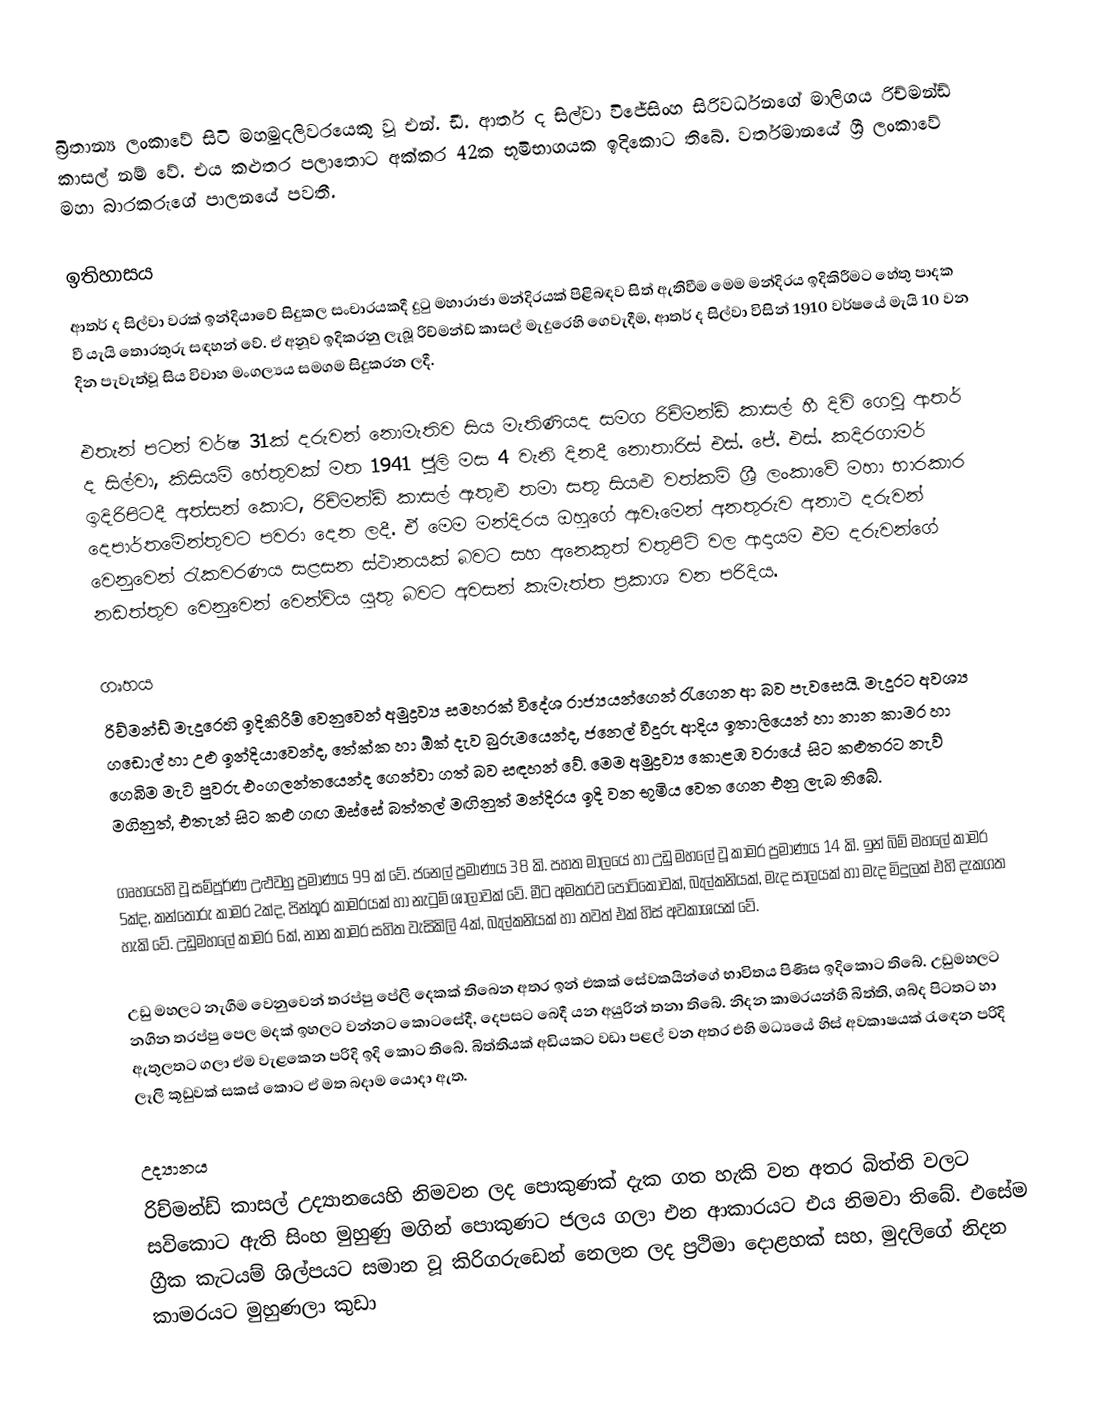
බ්‍රිතාන්‍ය ලංකාවේ සිටි මහමුදලිවරයෙකු වූ එන්. ඩී. ආතර් ද සිල්වා විජේසිංහ සිරිවර්ධනගේ මාලිගය රිච්මන්ඩ් කාසල් නම් වේ. එය කළුතර පලාතොට අක්කර 42ක භූමිභාගයක ඉදිකොට තිබේ. වර්තමානයේ ශ්‍රී ලංකාවේ මහා බාරකරුගේ පාලනයේ පවතී.

ඉතිහාසය
ආතර් ද සිල්වා වරක් ඉන්දියාවේ සිදුකල සංචාරයකදී දුටු මහාරාජා මන්දිරයක් පිළිබඳව සිත් ඇතිවීම මෙම මන්දිරය ඉදිකිරීමට හේතු පාදක වී යැයි තොරතුරු සඳහන් වේ. ඒ අනූව ඉදිකරනු ලැබූ රිච්මන්ඩ් කාසල් මැදුරෙහි ගෙවැදීම, ආතර් ද සිල්වා විසින් 1910 වර්ෂයේ මැයි 10 වන දින පැවැත්වූ සිය විවාහ මංගල්‍යය සමගම සිදුකරන ලදී.

එතැන් පටන් වර්ෂ 31ක් දරුවන් නොමැතිව සිය මැතිණියද සමග රිච්මන්ඩ් කාසල් හී දිවි ගෙවූ ආතර් ද සිල්වා, කිසියම් හේතුවක් මත 1941 ජූලි මස 4 වැනි දිනදී නොතාරිස් එස්. ජේ. එස්. කදිරගාමර් ඉදිරිපිටදී අත්සන් කොට, රිච්මන්ඩ් කාසල් ඇතුළු තමා සතු සියළු වත්කම් ශ්‍රී ලංකාවේ මහා භාරකාර දෙපාර්තමේන්තුවට පවරා දෙන ලදී. ඒ මෙම මන්දිරය ඔහුගේ ඇවෑමෙන් අනතුරුව අනාථ දරුවන් වෙනුවෙන් රැකවරණය සළසන ස්ථානයක් බවට සහ අනෙකුත් වතුපිටි වල ආදායම එම දරුවන්ගේ නඩත්තුව වෙනුවෙන් වෙන්විය යුතු බවට අවසන් කැමැත්ත ප්‍රකාශ වන පරිදිය.

ගෘහය
රිච්මන්ඩ් මැදුරෙහි ඉදිකිරීම් වෙනුවෙන් අමුද්‍රව්‍ය සමහරක් විදේශ රාජ්‍යයන්ගෙන් රැගෙන ආ බව පැවසෙයි. මැදුරට අවශ්‍ය ගඩොල් හා උළු ඉන්දියාවෙන්ද, තේක්ක හා ඕක් දැව බුරුමයෙන්ද, ජනෙල් වීදුරු ආදිය ඉතාලියෙන් හා නාන කාමර හා ගෙබිම මැටි පුවරු එංගලන්තයෙන්ද ගෙන්වා ගත් බව සඳහන් වේ. මෙම අමුද්‍රව්‍ය කොළඹ වරායේ සිට කළුතරට නැව් මගිනුත්, එතැන් සිට කළු ගඟ ඔස්සේ බත්තල් මඟිනුත් මන්දිරය ඉදි වන භූමිය වෙත ගෙන එනු ලැබ තිබේ.

ගෘහයෙහි වූ සම්පූර්ණ උළුවහු ප්‍රමාණය 99 ක් වේ. ජනෙල් ප්‍රමාණය 38 කි. පහත මාලයේ හා උඩු මහලේ වූ කාමර ප්‍රමාණය 14 කි. ඉන් බිම් මහලේ කාමර 5ක්ද, කන්තෝරු කාමර 2ක්ද, පින්තූර කාමරයක් හා නැටුම් ශාලාවක් වේ. මීට අමතරව පෝටිකෝවක්, බැල්කනියක්, මැද සාලයක් හා මැද මිදුලක් එහි දැකගත හැකි වේ. උඩුමහලේ කාමර 6ක්, නාන කාමර සහිත වැසිකිලි 4ක්, බැල්කනියක් හා තවත් එක් හිස් අවකාශයක් වේ.

උඩු මහලට නැගීම වෙනුවෙන් තරප්පු පේලි දෙකක් තිබෙන අතර ඉන් එකක් සේවකයින්ගේ භාවිතය පිණිස ඉදිකොට තිබේ. උඩුමහලට නගින තරප්පු පෙල මදක් ඉහලට වන්නට කොටසේදී, දෙපසට බෙදී යන අයුරින් තනා තිබේ. නිදන කාමරයන්හී බිත්ති, ශබ්ද පිටතට හා ඇතුලතට ගලා ඒම වැළකෙන පරිදි ඉදි කොට තිබේ. බිත්තියක් අඩියකට වඩා පළල් වන අතර එහි මධ්‍යයේ හිස් අවකාෂයක් රැඳෙන පරිදි ලෑලි කූඩුවක් සකස් කොට ඒ මත බදාම යොදා ඇත.

උද්‍යානය
රිච්මන්ඩ් කාසල් උද්‍යානයෙහි නිමවන ලද පොකුණක් දැක ගත හැකි වන අතර බිත්ති වලට සවිකොට ඇති සිංහ මුහුණු මගින් පොකුණට ජලය ගලා එන ආකාරයට එය නිමවා තිබේ. එසේම ග්‍රීක කැටයම් ශිල්පයට සමාන වූ කිරිගරුඩෙන් නෙලන ලද ප්‍රථිමා දොළහක් සහ, මුදලිගේ නිදන කාමරයට මුහුණලා කුඩා